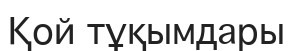
Қой тұқымдары